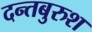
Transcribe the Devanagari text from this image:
दन्तबुरुश